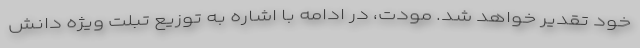
خود تقدیر خواهد شد. مودت، در ادامه با اشاره به توزیع تبلت ویژه دانش